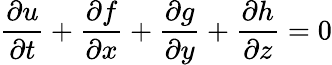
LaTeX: \frac{\partial u}{\partial t}+\frac{\partial f}{\partial x}+\frac{\partial g}{\partial y}+\frac{\partial h}{\partial z}=0